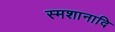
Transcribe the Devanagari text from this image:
स्मशानादि